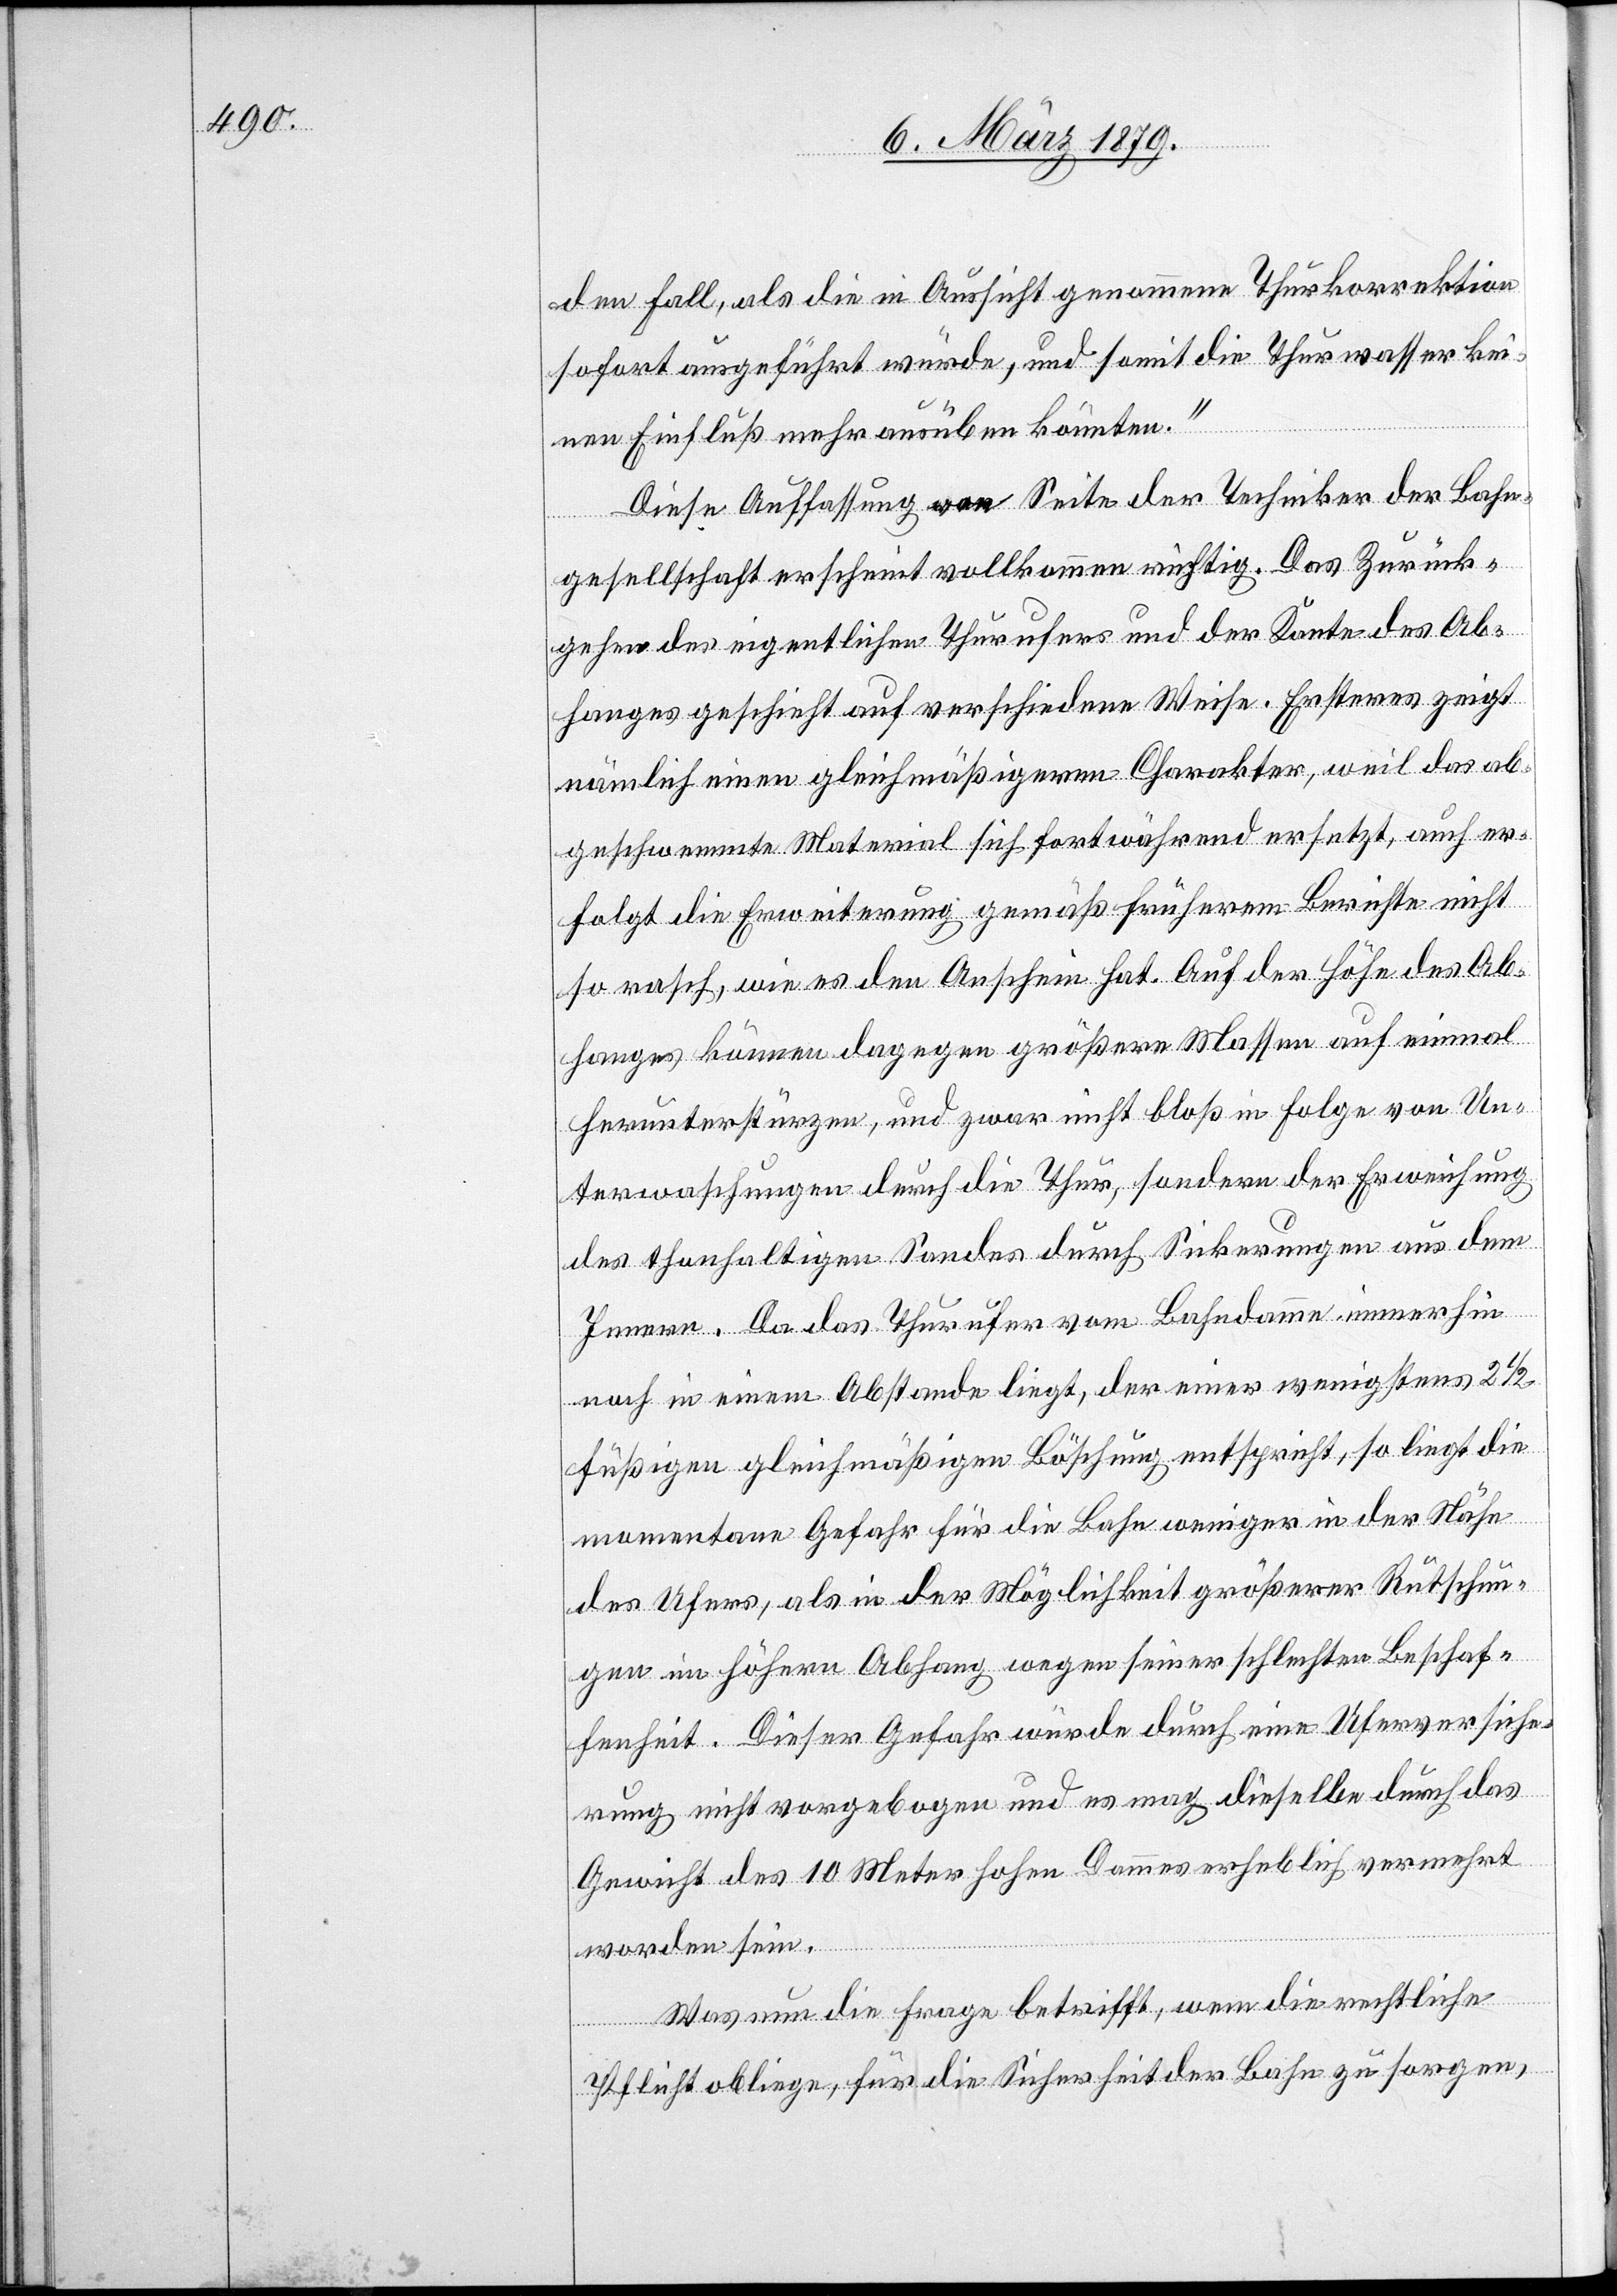
den Fall, als die in Aussicht genommene Thurkorrektion
sofort ausgeführt würde, und somit die Thurwasser kei¬
nen Einfluß mehr ausüben könnten.“
Diese Auffassung von Seite der Techniker der Bahn¬
gesellschaft erscheint vollkommen richtig. Das Zurück¬
gehen des eigentlichen Thurufers und der Kante des Ab¬
hanges geschieht auf verschiedene Weise. Ersteres zeigt
nämlich einen gleichmäßigeren Charakter, weil das ab¬
geschwemmte Material sich fortwährend ersetzt, auch er¬
folgt die Erweiterung gemäß früherem Berichte nicht
so rasch, wie es den Anschein hat. Auf der Höhe des Ab¬
hanges können dagegen größere Massen auf einmal
herunterstürzen, und zwar nicht bloß in Folge von Un¬
terwaschungen durch die Thur, sondern der Erweichung
des thonhaltigen Sandes durch Sickerungen aus dem
Innern. Da das Thurufer vom Bahndamm immerhin
noch in einem Abstande liegt, der einer wenigstens 2 1/2
füßigen gleichmäßigen Böschung entspricht, so liegt die
momentane Gefahr für die Bahn weniger in der Nähe
des Ufers, als in der Möglichkeit größerer Rutschun¬
gen im höhern Abhang wegen seiner schlechten Beschaf¬
fenheit. Dieser Gefahr würde durch eine Uferversiche¬
rung nicht vorgebogen und es mag dieselbe durch das
Gewicht des 10 Meter hohen Dammes erheblich vermehrt
worden sein.
Was nun die Frage betrifft, wem die rechtliche
Pflicht obliege, für die Sicherheit der Bahn zu sorgen,